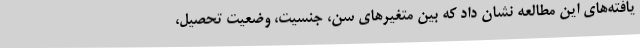
یافته‌های این مطالعه نشان داد که بین متغیرهای سن، جنسیت، وضعیت تحصیل،